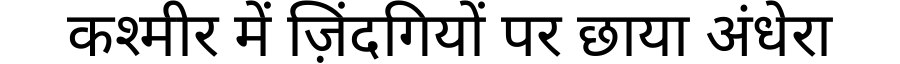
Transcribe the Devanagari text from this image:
कश्मीर में ज़िंदगियों पर छाया अंधेरा